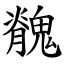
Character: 䰪